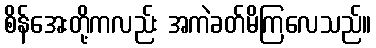
စိန်အေးတို့ကလည်း အကဲခတ်မိကြလေသည်။